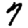
Digit: 7